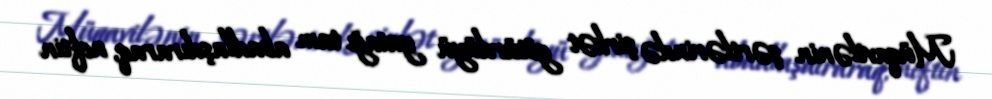
Müqavilənin şərtlərində şirkət götürdüyü yatağı tam abadlaşdıraraq, neftin